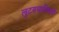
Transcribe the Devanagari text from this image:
लुटण्याविषयी